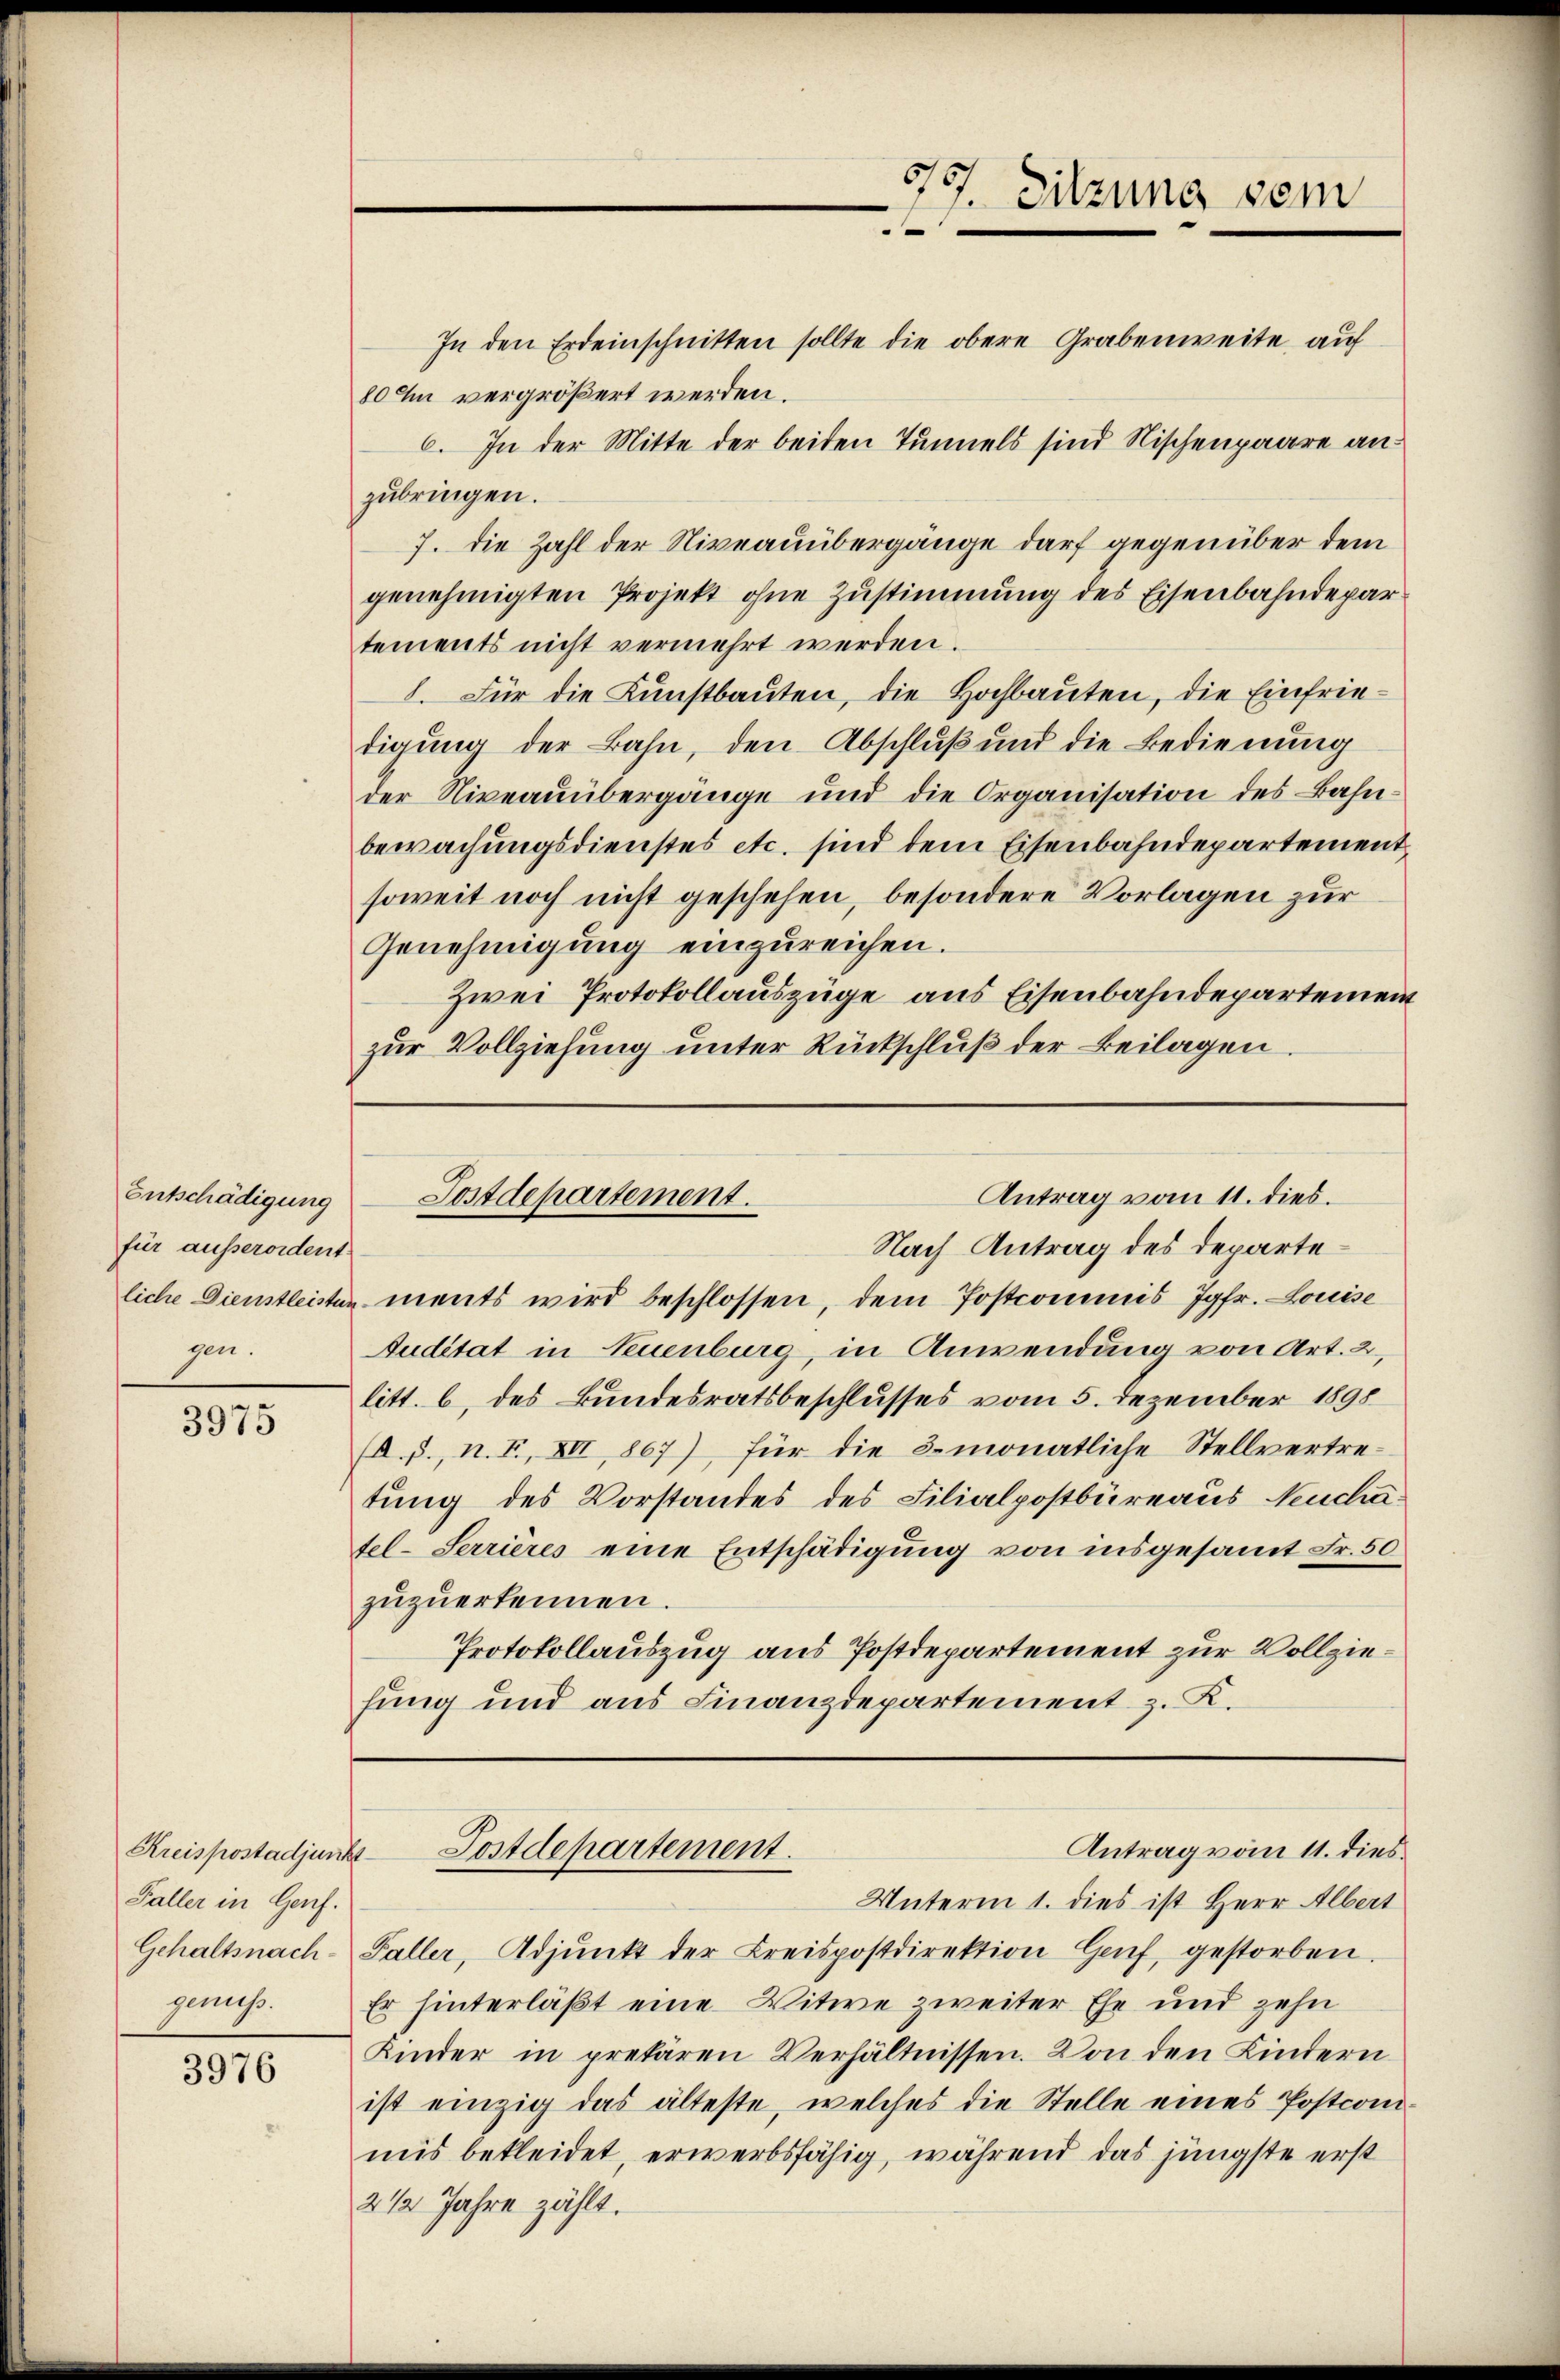
Entschädigung
für ausserordent
gen.

3975

Faller in Genf.
Gehaltsnach-
geniess.

3976

In den Erdeinschnitten sollte die obere Grabenweite, auf
80 zu vergrößert werden.
6. In der Mitte der beiden Tunnels sind Nischenpaare anzubringen.
7. die Zahl der Niveauübergänge darf gegenüber dem
genehmigten Projekt ohne Zustimmung des Eisenbahndepar
tements nicht vermehrt werden.
I. Für die Kunstbauten, die Hochbauten, die Einfriedigung der Bahn, den Abschluß und die Bedienung
der Niveauübergänge und die Organisation des Bahn-
bewachungsdienstes etc. sind dem Eisenbahndepartementsoweit noch nicht geschehen, besondere Vorlagen zur
Genehmigung einzureichen.
Zwei Protokollauszüge aus Eisenbahndepartement
zŭr Vollziehung unter Rückschlŭβ der Beilagen.

g
1. Sitzung sein

Nach Antrag des Departeliche Dienstleisten ments wird beschlossen, dem Postcommis Jgfr. Louise
Auditat in Neuenburg, in Anwendung von Art. 2,
litt. b, des Bundesratsbeschlusses vom 5. Dezember 1890
(A. p., n. F. XII 867), für die 3 monatliche Stellvertretung des Vorstandes des Filialpostbüreaus Neuchatel-Serrières eine Entschädigung von insgesamt Fr. 50
zuzuerkennen.
Protokollauszug aus Postdepartement zur Vollziefung und aus Finanzdepartement z. K.

Antrag vom 11. dies.
Postdepartement.

Unterm 1. dies ist Herr Albert
Faller, Adjunkt der Kreispostdirektion Genf, gestorben.
Er hinterläßt eine Witwe zweiter Ehe und zehn
Kinder in prekären Verhältnissen. Von den Kindern
ist einzig das älteste, welches die Stelle eines Postcomimis bekleidet, erwerbsfähig, während das jüngste erst
2 1/2 Jahre zählt.

Antrag vom 11. dies
Kreispostadjunks Postdepartement.